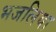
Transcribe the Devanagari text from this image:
भजलिया